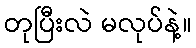
တုပြီးလဲ မလုပ်နဲ့။